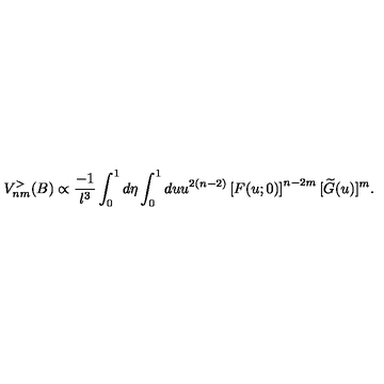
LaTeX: V _ { n m } ^ { > } ( B ) \propto \frac { - 1 } { l ^ { 3 } } \int _ { 0 } ^ { 1 } d \eta \int _ { 0 } ^ { 1 } d u u ^ { 2 ( n - 2 ) } \left[ F ( u ; 0 ) \right] ^ { n - 2 m } [ \widetilde { G } ( u ) ] ^ { m } .